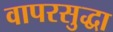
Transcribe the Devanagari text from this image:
वापरसुद्धा